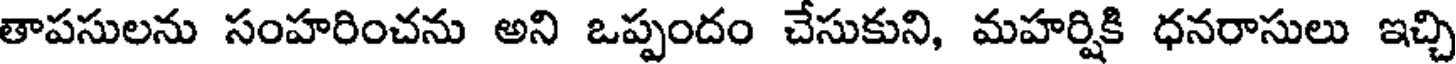
తాపసులను సంహరించను అని ఒప్పందం చేసుకుని, మహర్షికి ధనరాసులు ఇచ్చి